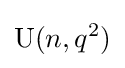
\mathrm {U} (n,q^{2})